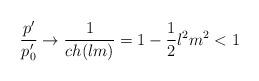
LaTeX: \begin{align*}\frac{p'}{p'_0} \rightarrow \frac{1}{ch(lm)} = 1 - \frac{1}{2}l^2m^2 <1\end{align*}